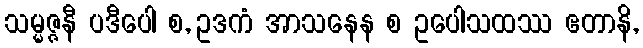
သမ္မဇ္ဇနီ ပဒီပေါ စ, ဥဒကံ အာသနေန စ ဥပေါသထဿ ဧတာနိ,